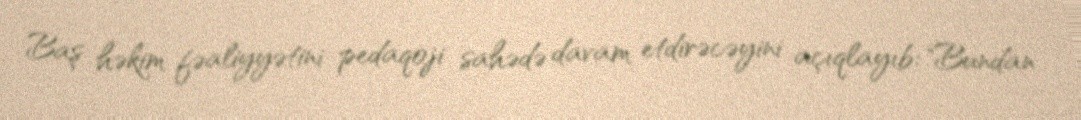
Baş həkim fəaliyyətini pedaqoji sahədə davam etdirəcəyini açıqlayıb: "Bundan